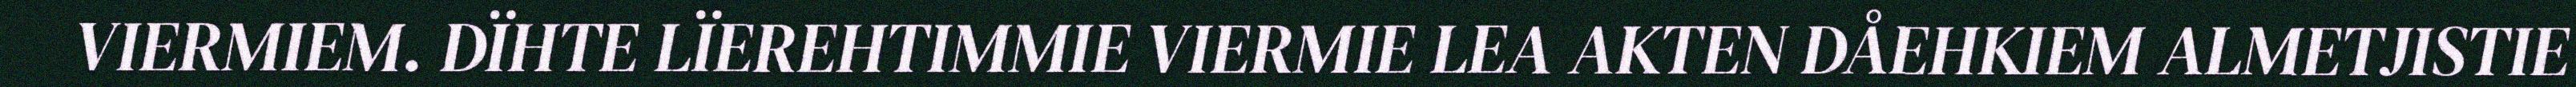
VIERMIEM. DÏHTE LÏEREHTIMMIE VIERMIE LEA AKTEN DÅEHKIEM ALMETJISTIE